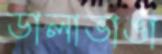
ডালাভাঙা